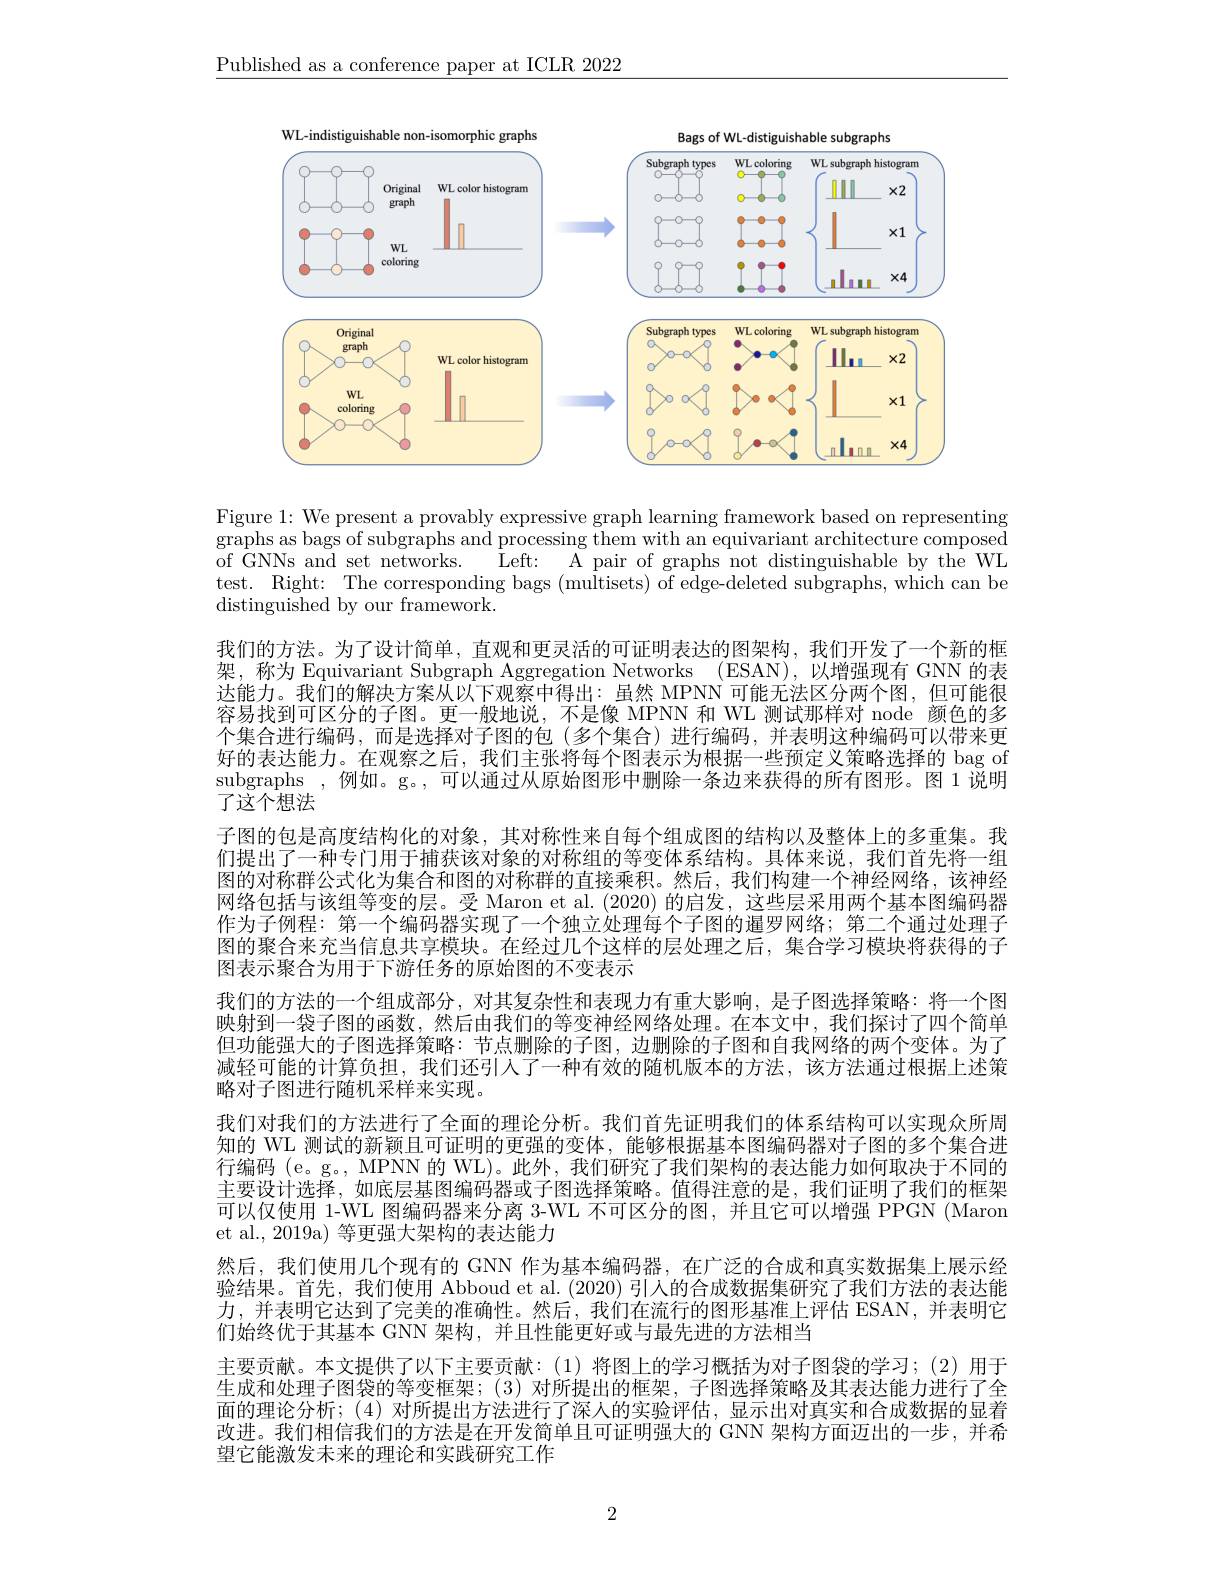
$\underline{\text{Published as a conference paper at ICLR 2022}}$

<FigureHere>

Figure 1: We present a provably expressive graph learning framework based on representing

graphs as bags of subgraphs and processing them with an equivariant architecture composed of GNNs and set networks. Left: A pair of graphs not distinguishable by the WL test. Right: The corresponding bags (multisets) of edge-deleted subgraphs, which can be distinguished by our framework.
我们的方法。为了设计简单，直观和更灵活的可证明表达的图架构，我们开发了一个新的框架，称为 Equivariant Subgraph Aggregation Networks (ESAN),以增强现有 GNN 的表达能力。我们的解决方案从以下观察中得出：虽然 MPNN 可能无法区分两个图，但可能很容易找到可区分的子图。更一般地说，不是像 MPNN 和 WL 测试那样对 node 颜色的多个集合进行编码，而是选择对子图的包(多个集合)进行编码，并表明这种编码可以带来更好的表达能力。在观察之后，我们主张将每个图表示为根据一些预定义策略选择的 bag of subgraphs ,例如。g。,可以通过从原始图形中删除一条边来获得的所有图形。图 1 说明了这个想法
子图的包是高度结构化的对象，其对称性来自每个组成图的结构以及整体上的多重集。我们提出了一种专门用于捕获该对象的对称组的等变体系结构。具体来说，我们首先将一组图的对称群公式化为集合和图的对称群的直接乘积。然后，我们构建一个神经网络，该神经网络包括与该组等变的层。受 Maron et al.(2020) 的启发，这些层采用两个基本图编码器作为子例程：第一个编码器实现了一个独立处理每个子图的暹罗网络；第二个通过处理子图的聚合来充当信息共享模块。在经过几个这样的层处理之后，集合学习模块将获得的子图表示聚合为用于下游任务的原始图的不变表示
我们的方法的一个组成部分，对其复杂性和表现力有重大影响，是子图选择策略：将一个图映射到一袋子图的函数，然后由我们的等变神经网络处理。在本文中，我们探讨了四个简单但功能强大的子图选择策略：节点删除的子图，边删除的子图和自我网络的两个变体。为了减轻可能的计算负担，我们还引入了一种有效的随机版本的方法，该方法通过根据上述策略对子图进行随机采样来实现。
我们对我们的方法进行了全面的理论分析。我们首先证明我们的体系结构可以实现众所周知的 WL 测试的新颖且可证明的更强的变体，能够根据基本图编码器对子图的多个集合进行编码 (e。g。, MPNN 的 WL)。此外，我们研究了我们架构的表达能力如何取决于不同的主要设计选择，如底层基图编码器或子图选择策略。值得注意的是，我们证明了我们的框架可以仅使用 1-WL 图编码器来分离 3-WL 不可区分的图，并且它可以增强 PPGN (Maron et al., 2019a) 等更强大架构的表达能力
然后，我们使用几个现有的 GNN 作为基本编码器，在广泛的合成和真实数据集上展示经验结果。首先，我们使用 Abboud et al. (2020)引人的合成数据集研究了我们方法的表达能力，并表明它达到了完美的准确性。然后，我们在流行的图形基准上评估 ESAN,并表明它们始终优于其基本 GNN 架构，并且性能更好或与最先进的方法相当
主要贡献。本文提供了以下主要贡献：(1)将图上的学习概括为对子图袋的学习；(2)用于生成和处理子图袋的等变框架；(3)对所提出的框架，子图选择策略及其表达能力进行了全面的理论分析；(4)对所提出方法进行了深人的实验评估，显示出对真实和合成数据的显着改进。我们相信我们的方法是在开发简单且可证明强大的 GNN 架构方面迈出的一步，并希望它能激发未来的理论和实践研究工作

2